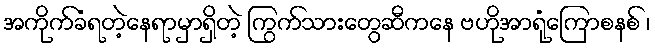
အကိုက်ခံရတဲ့နေရာမှာရှိတဲ့ ကြွက်သားတွေဆီကနေ ဗဟိုအာရုံကြောစနစ် ၊